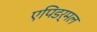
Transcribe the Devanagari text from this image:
एपिडर्मल